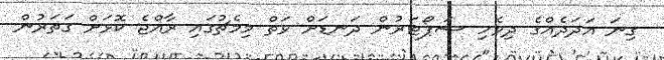
ގިނަ އަދަދެއްގެ ދިވެހި ސަޕޯޓަރުން ދަނޑަށް ވަތް މިމެޗުގައި ރާއްޖެ ކޮޅަށް ގަތަރުން